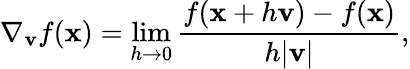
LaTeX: \nabla_{\mathbf{v}}{f}(\mathbf{x})=\operatorname*{lim}_{h\rightarrow 0}{\frac{f(\mathbf{x}+h\mathbf{v})-f(\mathbf{x})}{h|\mathbf{v}|}},